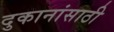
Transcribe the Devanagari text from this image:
दुकानांसाठी